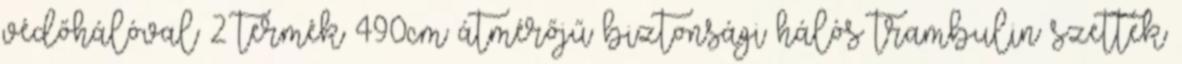
védőhálóval 2 termék 490cm átmérőjű biztonsági hálós trambulin szettek